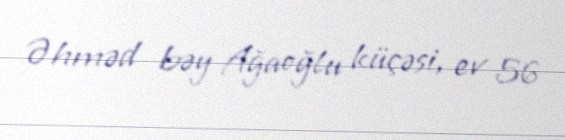
Əhməd bəy Ağaoğlu küçəsi, ev 56